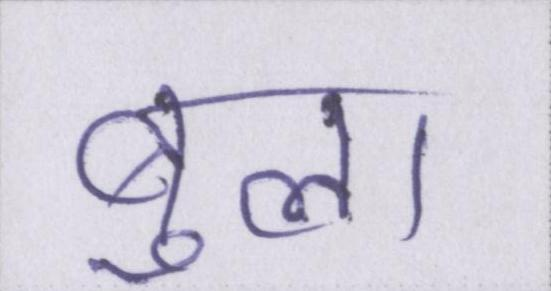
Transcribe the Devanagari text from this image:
बुला